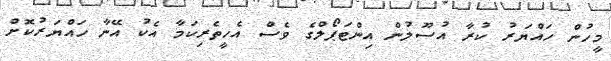
މީހުން ހައްޔަރު ކުރާ އުސޫލުން އިންޓަޕޯލްގެ ވެސް އެހީތެރިކަމާ އެކު އޭނާ ހައްޔަރުކޮށް